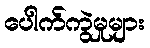
ပေါက်ကွဲမှုများ